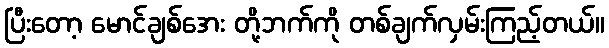
ပြီးတော့ မောင်ချစ်အေး တို့ဘက်ကို တစ်ချက်လှမ်းကြည့်တယ်။